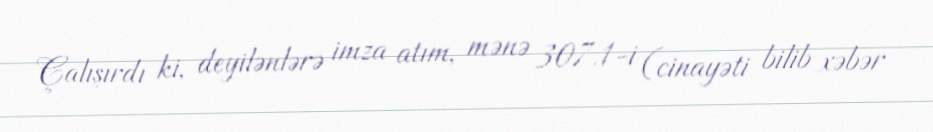
Çalışırdı ki, deyilənlərə imza atım, mənə 307.1-i (cinayəti bilib xəbər